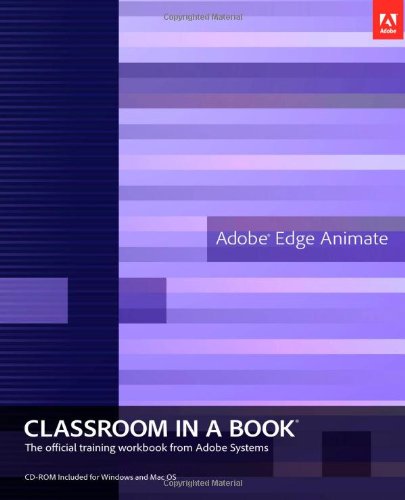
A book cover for Adobe Edge Animate Classroom in a Book; Adobe Creative Team; Computers & Technology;